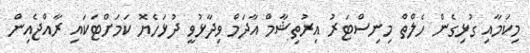
މިކަމާއި ގުޅިގެން ހެލްތް މިނިސްޓަރު އިރުތިޝާމް އާދަމް ވިދާޅުވީ ދުޅަހެޔޮ ކަމަށްޓަކައި ރާއްޖެއިން